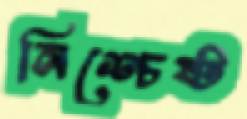
নিশ্চেষ্ট